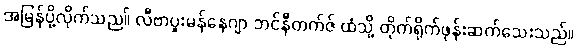
အမြန်ပို့လိုက်သည။် လီဗာပူးမန်နေဂျာ ဘင်နီတက်ဇ် ထံသို့ တိုက်ရိုက်ဖုန်းဆက်သေးသည်။